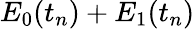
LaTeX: E_{0}(t_{n})+E_{1}(t_{n})